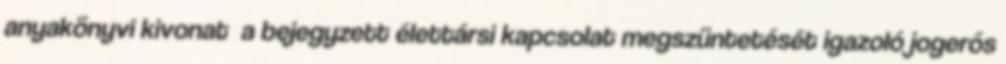
anyakönyvi kivonat a bejegyzett élettársi kapcsolat megszüntetését igazoló jogerős